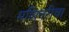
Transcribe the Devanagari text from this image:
मशिनरीचा